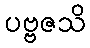
ပဗ္ဗဇသိ